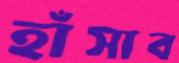
হাঁসাব